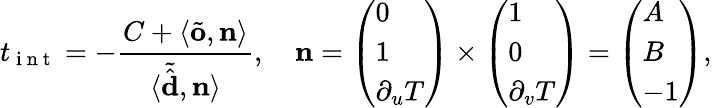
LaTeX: t_{\mathrm{~i~n~t~}}=-\frac{C+\langle\tilde{\mathbf{o}},\mathbf{n}\rangle}{\langle\tilde{\hat{\mathbf{d}}},\mathbf{n}\rangle},\quad\mathbf{n}=\left(\begin{array}{l}{0}\\ {1}\\ {\partial_{u}T}\end{array}\right)\times\left(\begin{array}{l}{1}\\ {0}\\ {\partial_{v}T}\end{array}\right)=\left(\begin{array}{l}{A}\\ {B}\\ {-1}\end{array}\right),